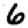
Digit: 6